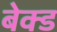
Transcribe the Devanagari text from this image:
बेक्‍ड